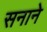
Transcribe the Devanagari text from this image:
सनाने